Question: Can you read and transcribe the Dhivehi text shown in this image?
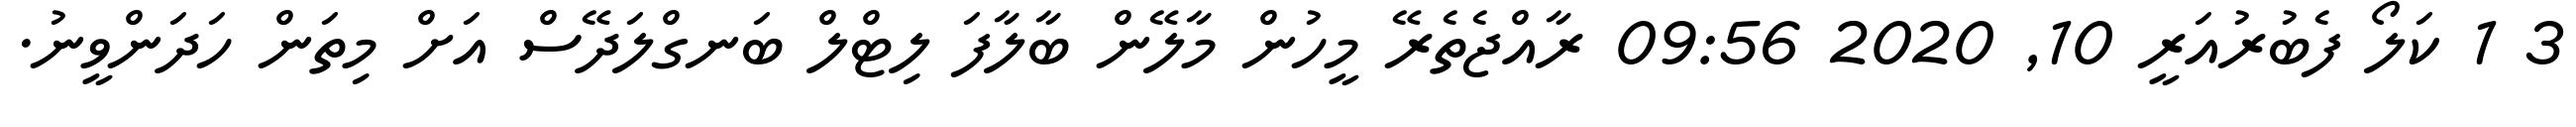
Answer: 3 1 ކަލޯ ފެބުރުއަރީ 10, 2020 09:56 ރާއްޖެތެރޭ މީހުން މާލޭން ބާލާފަ ލިޓްލް ބަނގްލަދޭސް އަށް މިތަން ހަދަންވީނު.